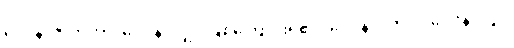
ဝေဒနာဇာတိကာ၊ ဝေဒနာလျှင် ဖြစ်ကြောင်းရှိ၏။ ဝေဒနာပဘဝါ၊ ဝေဒနာလျှင်